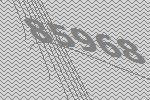
85968